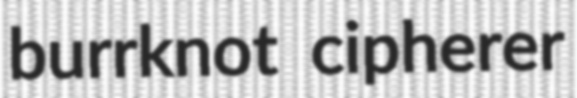
burrknot cipherer